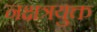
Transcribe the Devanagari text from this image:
नक्षत्रयुक्त